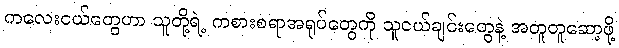
ကလေးငယ်တွေဟာ သူတို့ရဲ့ ကစားစရာအရုပ်တွေကို သူငယ်ချင်းတွေနဲ့ အတူတူဆော့ဖို့